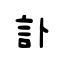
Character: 訃